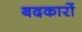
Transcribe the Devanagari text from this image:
बदकारों